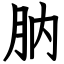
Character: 肭